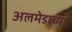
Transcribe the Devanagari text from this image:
अलमेडाच्या